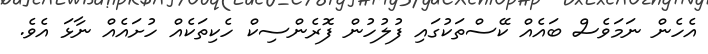
އެހެން ނަމަވެސް ބައެއް ކޭސްތަކުގައި ފުލުހުން ފޮރެންސިކް ހެކިތަކެއް ހުށައެއް ނާޅަ އެވެ.